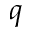
q